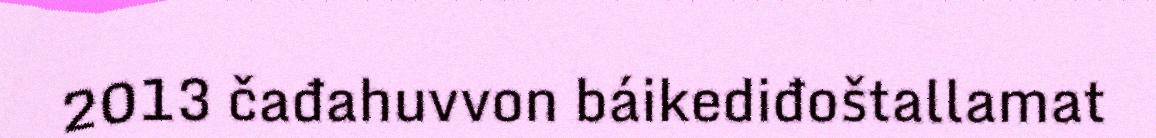
2013 čađahuvvon báikediđoštallamat